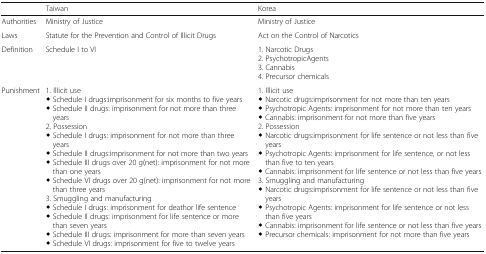
<table><thead><tr><td></td><td><b>Taiwan</b></td><td><b>Korea</b></td></tr></thead><tbody><tr><td>Authorities</td><td>Ministry of Justice</td><td>Ministry of Justice</td></tr><tr><td>Laws</td><td>Statute for the Prevention and Control of Illicit Drugs</td><td>Act on the Control of Narcotics</td></tr><tr><td>Definition</td><td>Schedule I to VI</td><td>1. Narcotic Drugs2. PsychotropicAgents3. Cannabis4. Precursor chemicals</td></tr><tr><td>Punishment</td><td>1. Illicit use◆ Schedule I drugs:imprisonment for six months to five years◆ Schedule II drugs: imprisonment for not more than three years2. Possession◆ Schedule I drugs: imprisonment for not more than three years◆ Schedule II drugs:imprisonment for not more than two years◆ Schedule III drugs over 20 g(net): imprisonment for not more than one years◆ Schedule VI drugs over 20 g(net): imprisonment for not more than three years3. Smuggling and manufacturing◆ Schedule I drugs: imprisonment for deathor life sentence◆ Schedule II drugs: imprisonment for life sentence or more than seven years◆ Schedule III drugs: imprisonment for more than seven years◆ Schedule VI drugs: imprisonment for five to twelve years</td><td>1. Illicit use◆ Narcotic drugs:imprisonment for not more than ten years◆ Psychotropic Agents: imprisonment for not more than ten years◆ Cannabis: imprisonment for not more than five years2. Possession◆ Narcotic drugs:imprisonment for life sentence or not less than five years◆ Psychotropic Agents: imprisonment for life sentence, or not less than five to ten years◆ Cannabis: imprisonment for life sentence or not less than five years3. Smuggling and manufacturing◆ Narcotic drugs:imprisonment for life sentence or not less than five years◆ Psychotropic Agents: imprisonment for life sentence or not less than five years◆ Cannabis: imprisonment for life sentence or not less than five years◆ Precursor chemicals: imprisonment for not more than five years</td></tr></tbody></table>